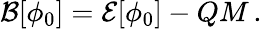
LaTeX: {\cal B}[\phi_{0}]={\cal E}[\phi_{0}]-QM\, .